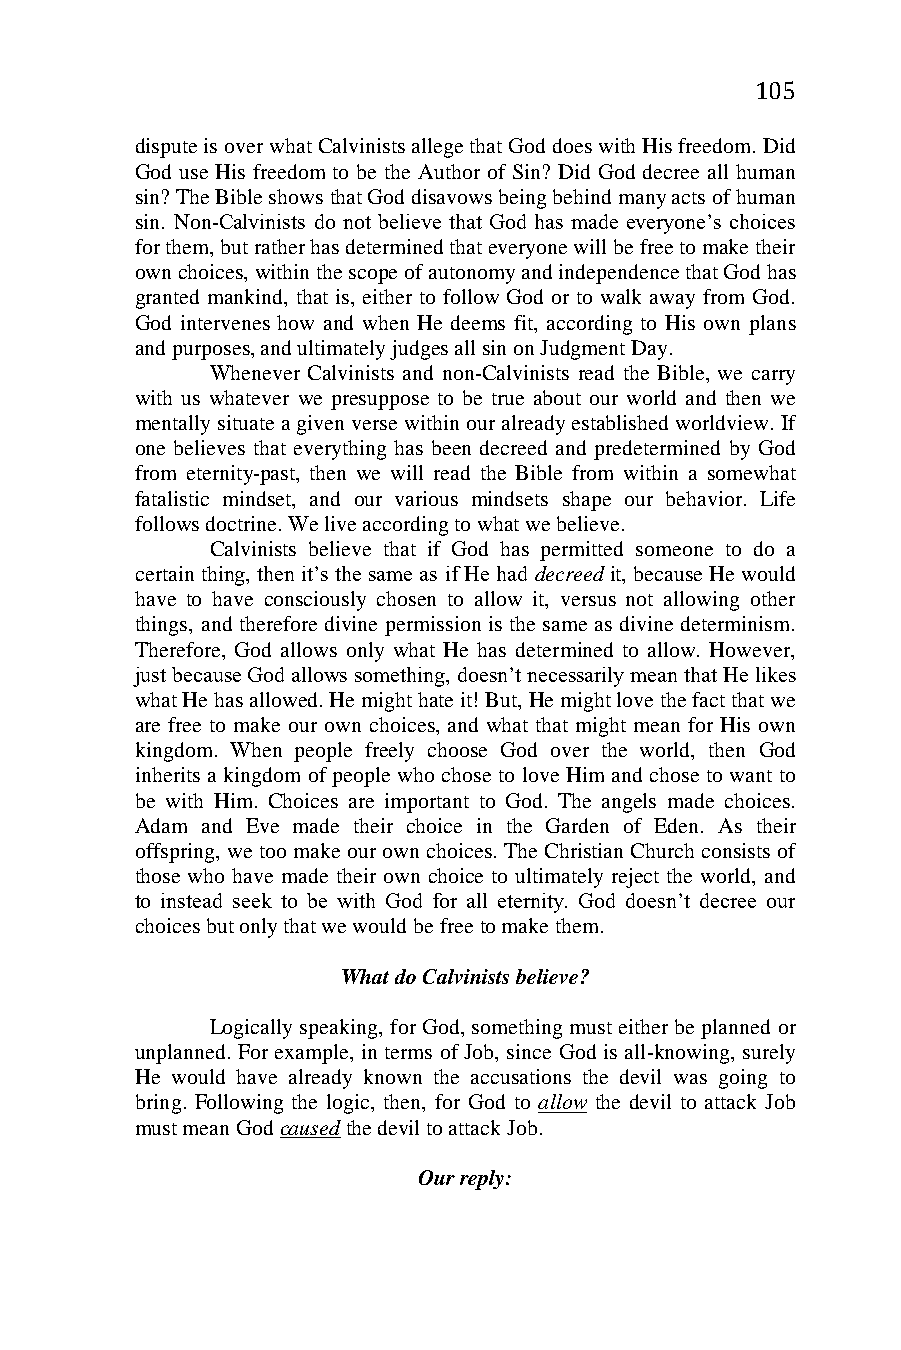
105
 dispute is over what Calvinists allege that God does with His freedom. Did
 God use His freedom to be the Author of Sin? Did God decree all human
 sin? The Bible shows that God disavows being behind many acts of human
 sin. Non-Calvinists do not believe that God has made everyone’s choices
 for them, but rather has determined that everyone will be free to make their
 own choices, within the scope of autonomy and independence that God has
 granted mankind, that is, either to follow God or to walk away from God.
 God intervenes how and when He deems fit, according to His own plans
 and purposes, and ultimately judges all sin on Judgment Day.
 Whenever Calvinists and non-Calvinists read the Bible, we carry
 with us whatever we presuppose to be true about our world and then we
 mentally situate a given verse within our already established worldview. If
 one believes that everything has been decreed and predetermined by God
 from eternity-past, then we will read the Bible from within a somewhat
 fatalistic mindset, and our various mindsets shape our behavior. Life
 follows doctrine. We live according to what we believe.
 Calvinists believe that if God has permitted someone to do a
 certain thing, then it’s the same as if He had decreed it, because He would
 have to have consciously chosen to allow it, versus not allowing other
 things, and therefore divine permission is the same as divine determinism.
 Therefore, God allows only what He has determined to allow. However,
 just because God allows something, doesn’t necessarily mean that He likes
 what He has allowed. He might hate it! But, He might love the fact that we
 are free to make our own choices, and what that might mean for His own
 kingdom. When people freely choose God over the world, then God
 inherits a kingdom of people who chose to love Him and chose to want to
 be with Him. Choices are important to God. The angels made choices.
 Adam and Eve made their choice in the Garden of Eden. As their
 offspring, we too make our own choices. The Christian Church consists of
 those who have made their own choice to ultimately reject the world, and
 to instead seek to be with God for all eternity. God doesn’t decree our
 choices but only that we would be free to make them.
 What do Calvinists believe?
 Logically speaking, for God, something must either be planned or
 unplanned. For example, in terms of Job, since God is all-knowing, surely
 He would have already known the accusations the devil was going to
 bring. Following the logic, then, for God to allow the devil to attack Job
 must mean God caused the devil to attack Job.
 Our reply: